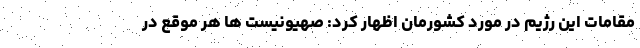
مقامات این رژیم در مورد کشورمان اظهار کرد: صهیونیست ها هر موقع در